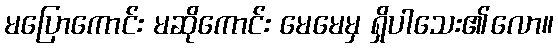
မပြောကောင်း မဆိုကောင်း မေမေမှ ရှိပါသေး၏လော။